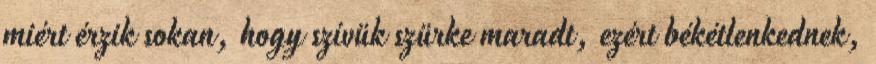
miért érzik sokan, hogy szívük szürke maradt, ezért békétlenkednek,